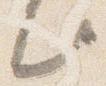
此